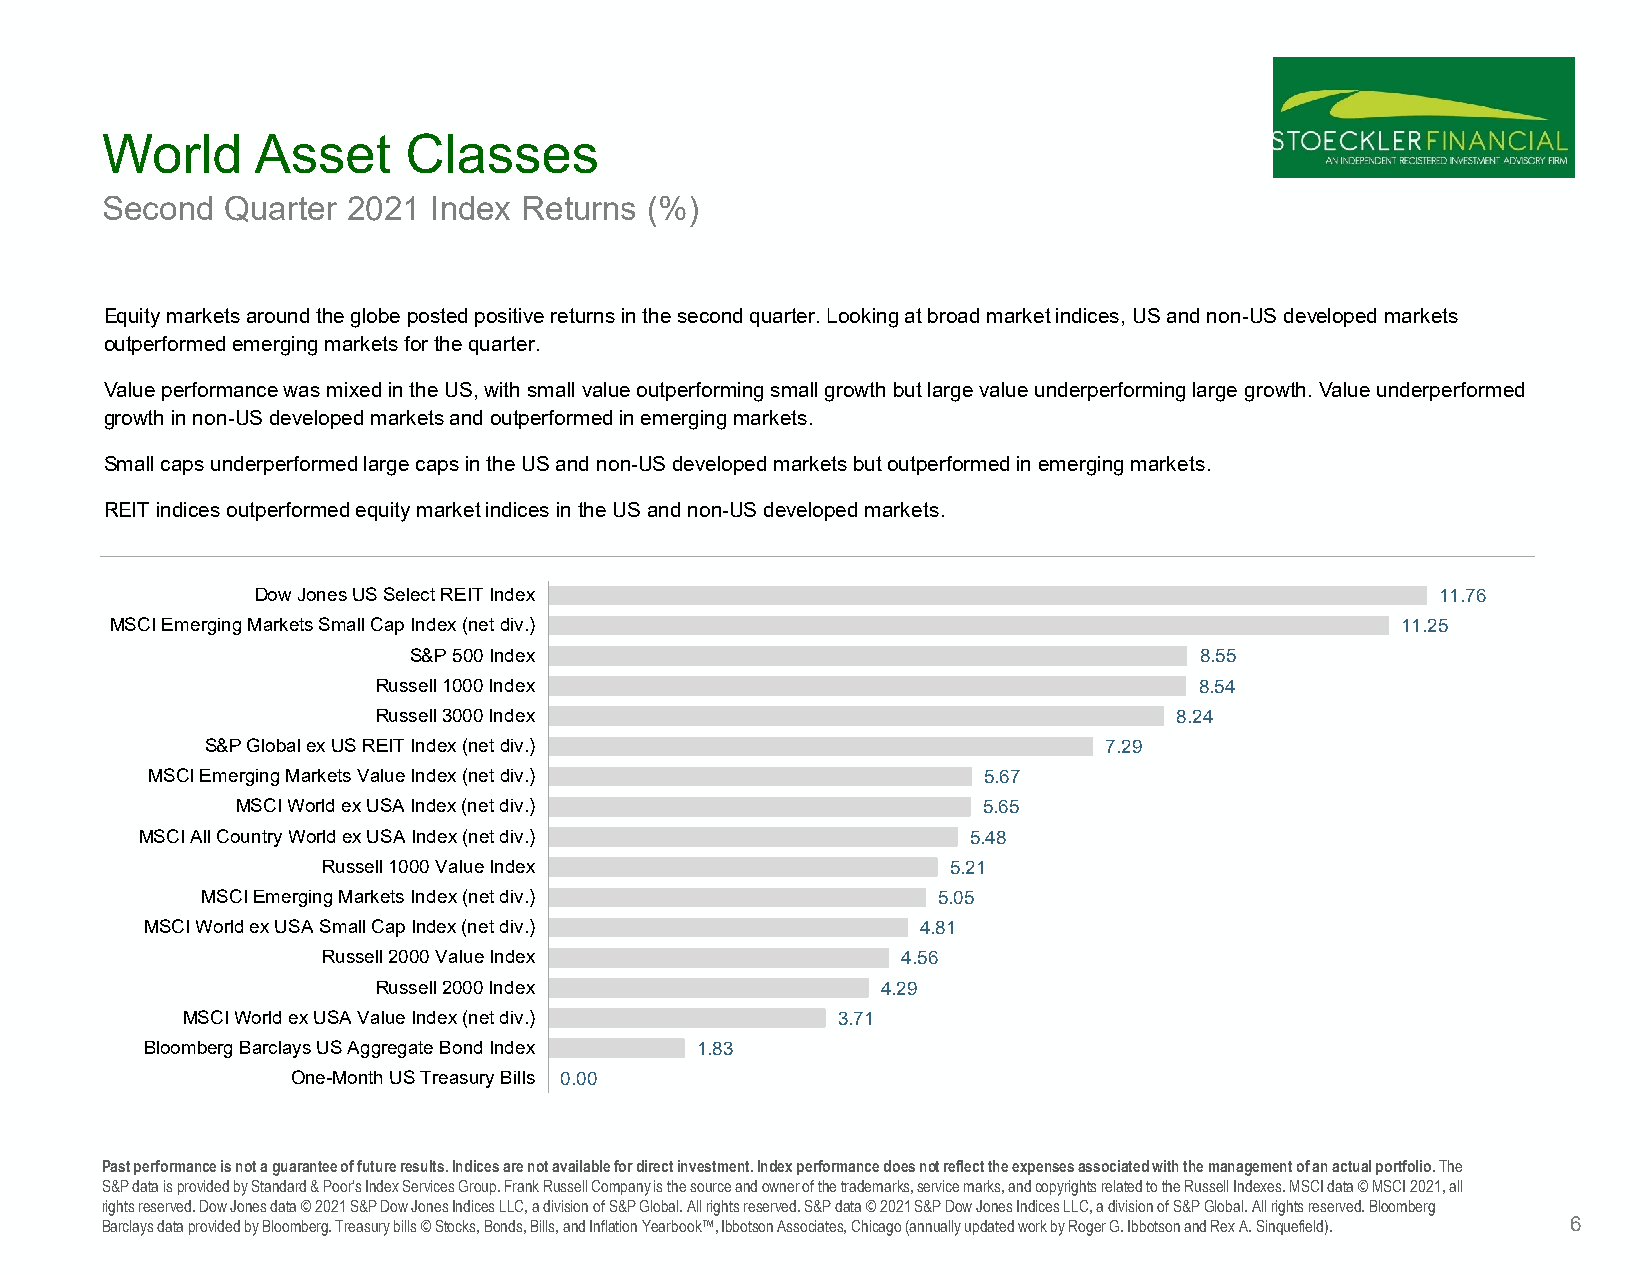
World     Asset     Classes
 Second  Quarter 2021 Index Returns  (%)
 Equity markets around the globe posted positive returns in the second quarter. Looking at broad market indices, US and non-US developed markets
 outperformed emerging markets for the quarter.
 Value performance was mixed in the US, with small value outperforming small growth but large value underperforming large growth.Value underperformed
 growth in non-US developed markets and outperformed in emerging markets.
 Small caps underperformed large caps in the US and non-US developed markets but outperformed in emerging markets.
 REIT indices outperformed equity market indices in the US and non-US developed markets.
 Dow Jones US Select REIT Index                                                11.76
 MSCI Emerging Markets Small Cap Index (net div.)                                      11.25
 S&P 500 Index                                       8.55
 Russell 1000 Index                                    8.54
 Russell 3000 Index                                   8.24
 S&P Global ex US REIT Index (net div.)                     7.29
 MSCI Emerging Markets Value Index (net div.)           5.67
 MSCI World ex USA Index (net div.)               5.65
 MSCI All Country World ex USA Index (net div.)         5.48
 Russell 1000 Value Index                  5.21
 MSCI Emerging Markets Index (net div.)           5.05
 MSCI World ex USA Small Cap Index (net div.)       4.81
 Russell 2000 Value Index               4.56
 Russell 2000 Index               4.29
 MSCI World ex USA Value Index (net div.)   3.71
 Bloomberg Barclays US Aggregate Bond Index 1.83
 One-Month US Treasury Bills 0.00
 Past performance is not a guarantee of future results. Indices are not available for direct investment. Index performance does not reflect the expenses associated with the management of an actual portfolio. The
 S&P data is provided by Standard & Poor's Index Services Group. Frank Russell Company is the source and owner of the trademarks,service marks, and copyrights related to the Russell Indexes. MSCI data © MSCI 2021, all
 rights reserved. Dow Jones data © 2021 S&P Dow Jones Indices LLC, a division of S&P Global. All rights reserved. S&P data © 2021S&P Dow Jones Indices LLC, a division of S&P Global. All rights reserved. Bloomberg
 Barclays data provided by Bloomberg. Treasury bills © Stocks, Bonds, Bills, and Inflation Yearbook™, Ibbotson Associates, Chicago (annually updated work by Roger G. Ibbotson and Rex A. Sinquefield). 6